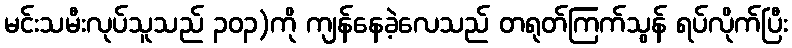
မင်းသမီးလုပ်သူသည် ၃၀၃)ကို ကျန်နေခဲ့လေသည် တရုတ်ကြက်သွန် ရပ်လိုက်ပြီး